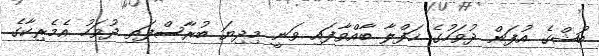
ބުޝްގެ އުފަން ދުވަހުގެ ހަފްލާ ބާއްވާފައި ވަނީ މިދިޔަ ބުރާސްފަތި ދުވަހު އެމެރިކާގެ